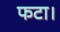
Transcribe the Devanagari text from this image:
फटा।